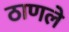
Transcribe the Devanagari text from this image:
ठाणले